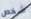
شخص